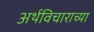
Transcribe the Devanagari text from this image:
अर्थविचाराच्या